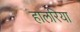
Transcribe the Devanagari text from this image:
हालरिया